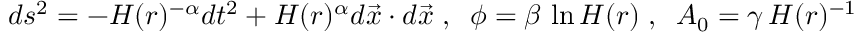
d s ^ { 2 } = - H ( r ) ^ { - \alpha } d t ^ { 2 } + H ( r ) ^ { \alpha } d \vec { x } \cdot d \vec { x } \; , \; \; \phi = \beta \, \ln H ( r ) \; , \; \; A _ { 0 } = \gamma \, H ( r ) ^ { - 1 }